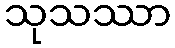
သုသဿာ